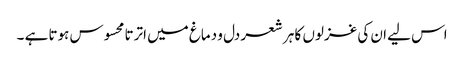
اس لیے ان کی غزلوں کا ہر شعر دل و دماغ میں اترتا محسوس ہوتا ہے ۔